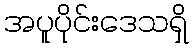
အပူပိုင်းဒေသရှိ